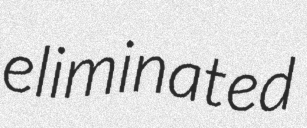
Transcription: eliminated